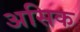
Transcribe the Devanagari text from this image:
असिक